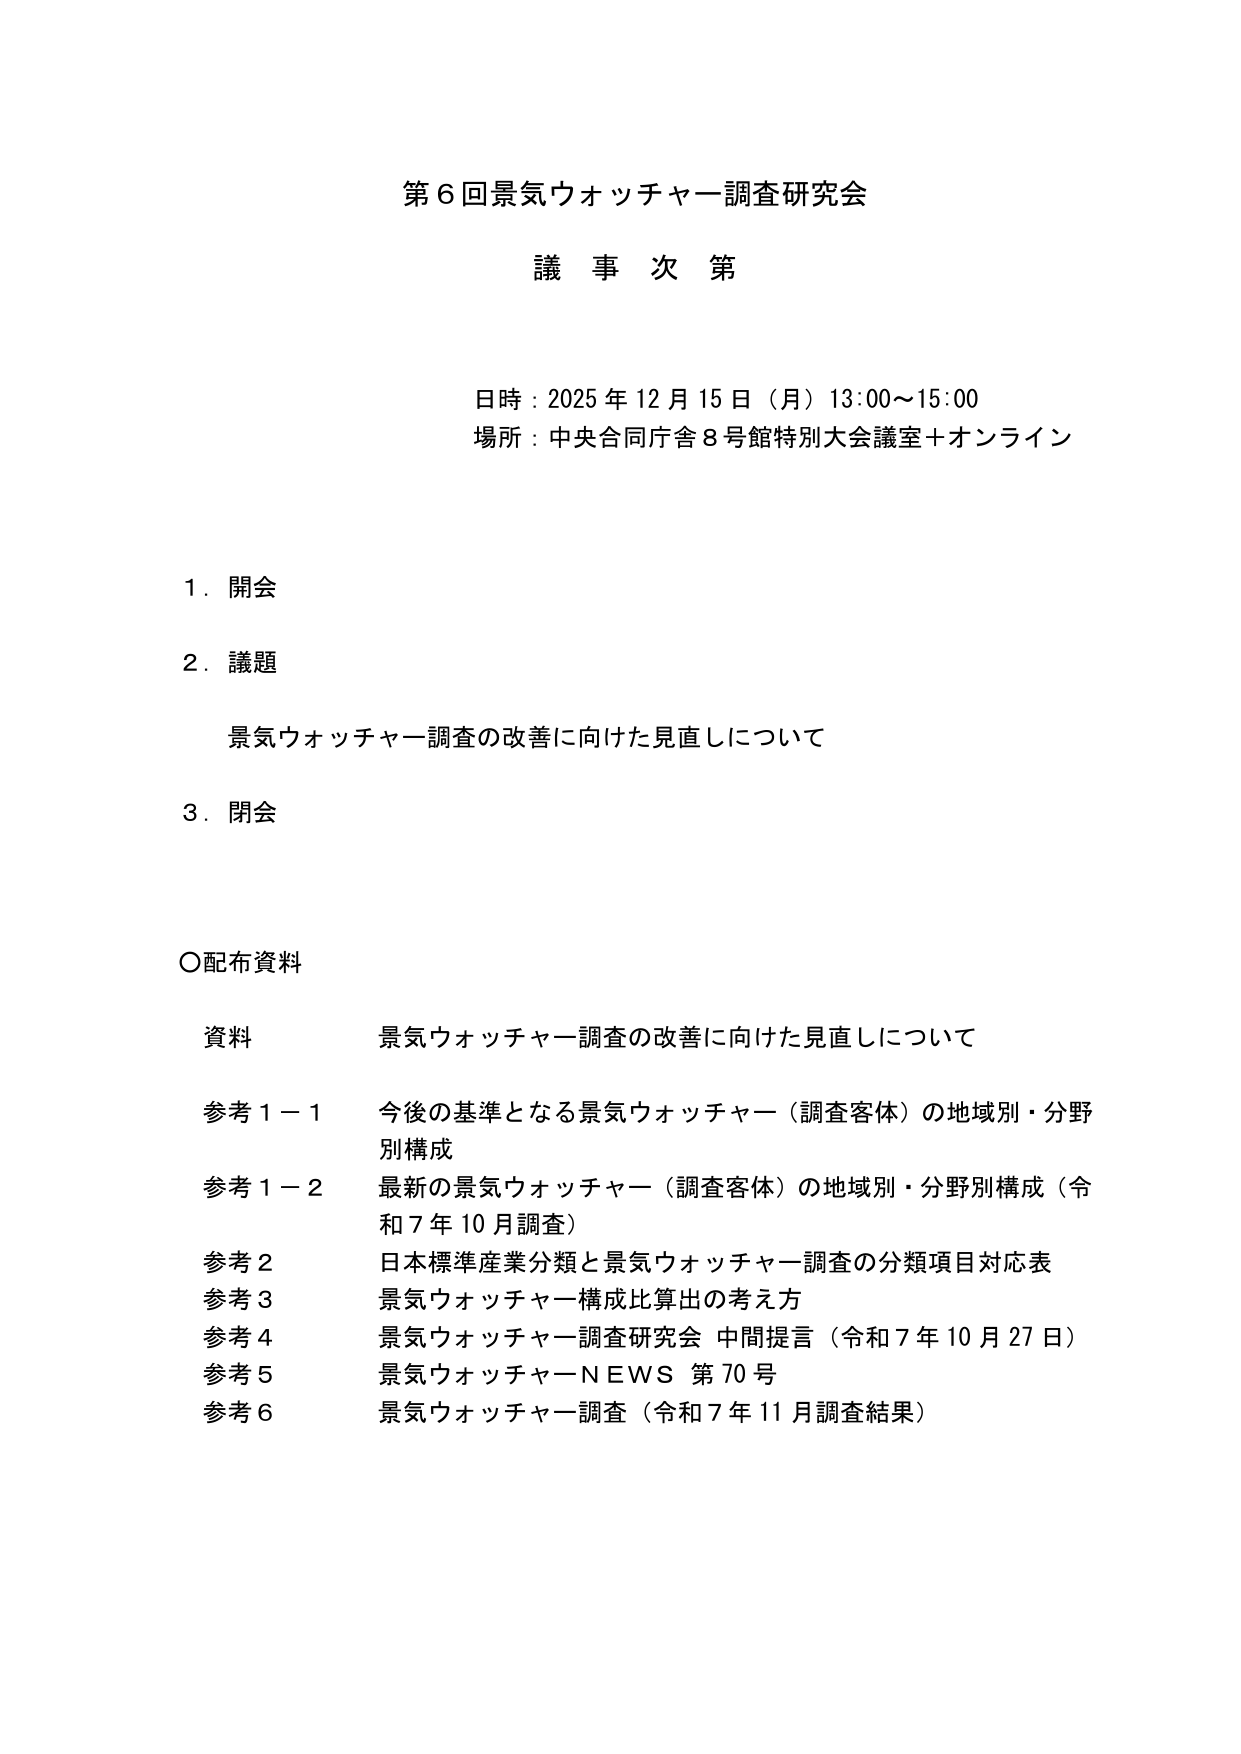
第６回景気ウォッチャー調査研究会
議事次第

日時：2025年12月15日（月）13:00～15:00
場所：中央合同庁舎8号館特別大会議室＋オンライン

1．開会
2．議題
　景気ウォッチャー調査の改善に向けた見直しについて
3．閉会

〇配布資料
資料　景気ウォッチャー調査の改善に向けた見直しについて
参考１－１　今後の基準となる景気ウォッチャー（調査客体）の地域別・分野別構成
参考１－２　最新の景気ウォッチャー（調査客体）の地域別・分野別構成（令和７年10月調査）
参考２　日本標準産業分類と景気ウォッチャー調査の分類項目対応表
参考３　景気ウォッチャー構成比算出の考え方
参考４　景気ウォッチャー調査研究会 中間提言（令和７年10月27日）
参考５　景気ウォッチャーNEWS 第70号
参考６　景気ウォッチャー調査（令和７年11月調査結果）